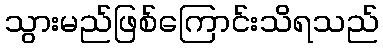
သွားမည်ဖြစ်ကြောင်းသိရသည်